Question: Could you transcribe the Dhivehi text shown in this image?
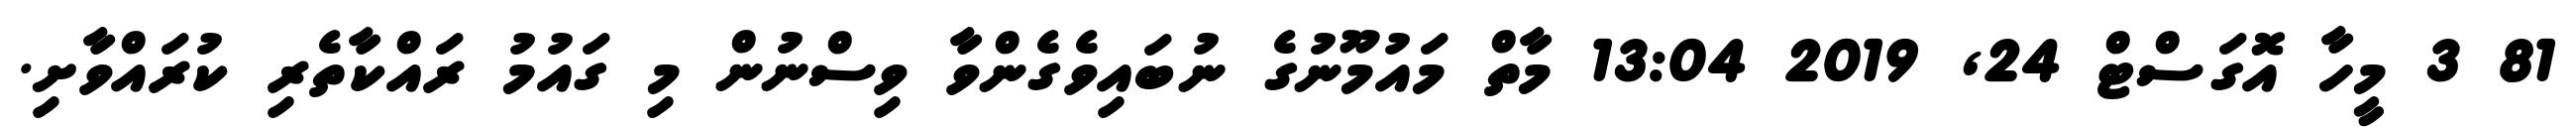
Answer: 81 3 މީހާ އޮގަސްޓް 24, 2019 13:04 މާތް މައުމޫނުގެ ނުބައިވެގެންވާ ވިސްނުން މި ގައުމު ރައްކާތެރި ކުރައްވާށި.